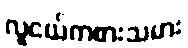
လူငယ်ကစားသမား